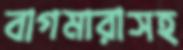
বাগমারাসহ